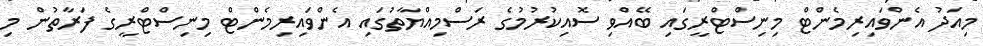
މިއަދު އެންވައިރިމެންޓް މިނިސްޓްރީގައި ބޭއްވި ސޮއިކުރުމުގެ ރަސްމިއްޔާތުގައި އެންވައިރިމެންޓް މިނިސްޓްރީގެ ފަރާތުން މި